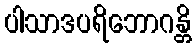
ပါသာဒပရိဘောဂန္တိ